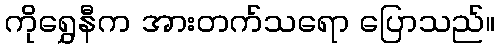
ကိုရွှေနီက အားတက်သရော ပြောသည်။